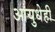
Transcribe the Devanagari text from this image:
आयुधेही